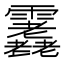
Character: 𩇇